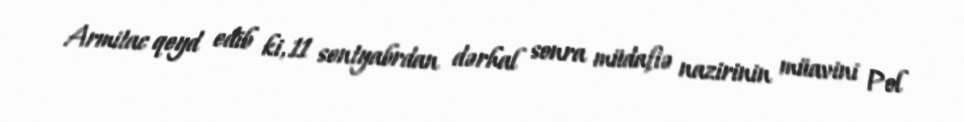
Armitac qeyd edib ki, 11 sentyabrdan dərhal sonra müdafiə nazirinin müavini Pol